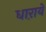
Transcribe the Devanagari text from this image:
धाऱायें